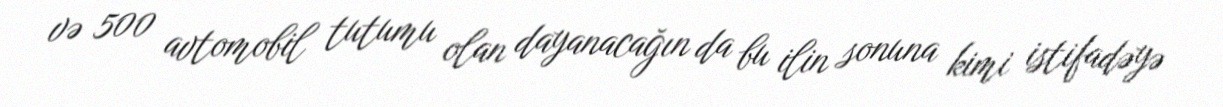
və 500 avtomobil tutumu olan dayanacağın da bu ilin sonuna kimi istifadəyə